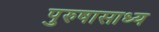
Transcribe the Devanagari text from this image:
पुरुषासाध्य